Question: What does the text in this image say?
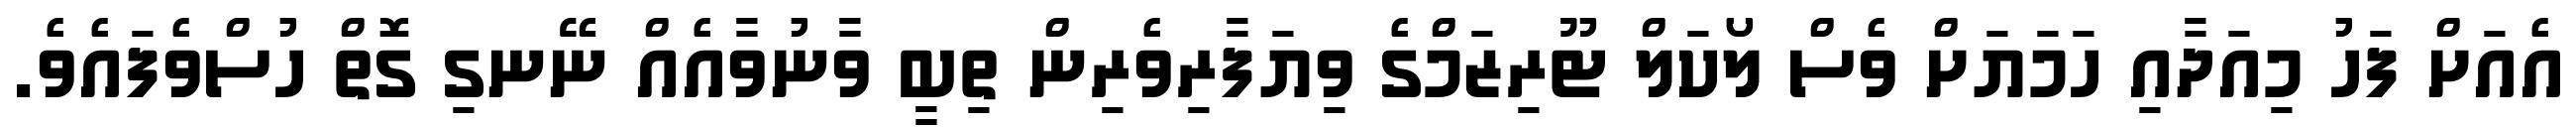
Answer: އެއަށް ފަހު މިއަދާއި ހަމަޔަށް ވެސް ލޯކަލް ޓޫރިޒަމްގެ ވިޔަފާރިވެރިން ތިބީ ވާނުވާއެއް ނޭނގި ގޮތް ހުސްވެފައެވެ.